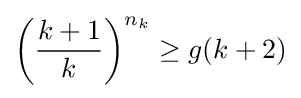
\left({\frac {k+1}{k}}\right)^{n_{k}}\geq g(k+2)